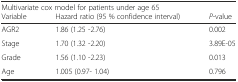
| <COLSPAN=3> Multivariate cox model for patients under age 65 |
 | Variable | Hazard ratio (95 % confidence interval) | P-value |
 | --- | --- | --- |
 | AGR2 | 1.86 (1.25 -2.76) | 0.002 |
 | Stage | 1.70 (1.32 -2.20) | 3.89E-05 |
 | Grade | 1.56 (1.10 -2.23) | 0.013 |
 | Age | 1.005 (0.97- 1.04) | 0.796 |